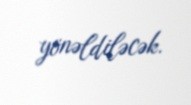
yönəldiləcək.